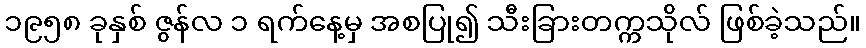
၁၉၅၈ ခုနှစ် ဇွန်လ ၁ ရက်နေ့မှ အစပြု၍ သီးခြားတက္ကသိုလ် ဖြစ်ခဲ့သည်။